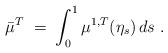
LaTeX: \begin{align*}\bar\mu^T \;=\; \int_0^1 \mu^{1,T} (\eta_s)\, ds\;.\end{align*}